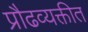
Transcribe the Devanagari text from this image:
प्रौढव्यक्तीत